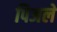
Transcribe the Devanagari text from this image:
पिअले